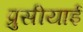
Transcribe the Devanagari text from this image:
प्रुसीयाई